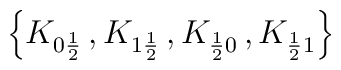
\left\{ K_{0\frac{1}{2}}\, ,K_{1\frac{1}{2}}\, ,K_{\frac{1}{2}0}\, ,K_{\frac{1}{2}1}\right\}